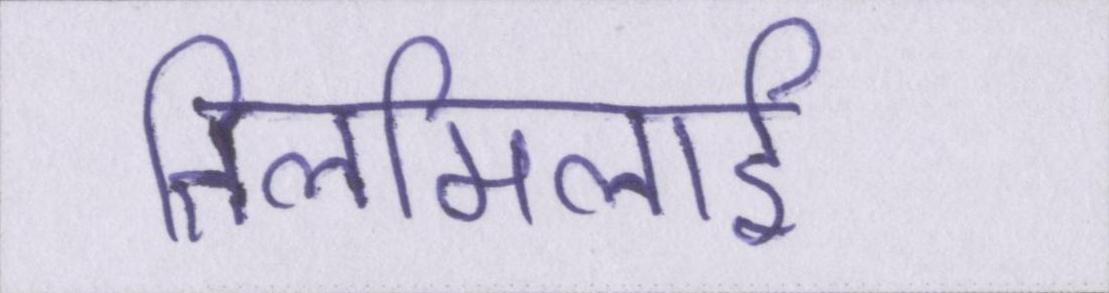
तिलमिलाई